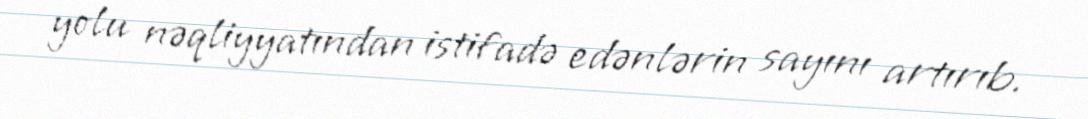
yolu nəqliyyatından istifadə edənlərin sayını artırıb.